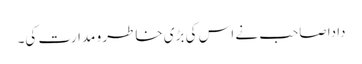
دادا صاحب نے اس کی بڑی خاطر و مدارت کی۔